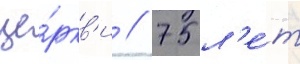
це́ркв'и // 75 л'е́т